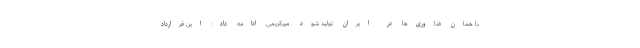
با همان فناوری‌ها در ایران تولید شود. میرکریمی ادامه داد: این قرارداد